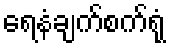
ရေနံချက်စက်ရုံ